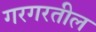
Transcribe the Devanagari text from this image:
गरगरतील